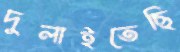
দুলাইতেছি